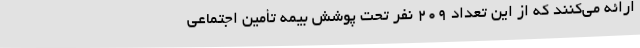
ارائه می‌کنند که از این تعداد 209 نفر تحت پوشش بیمه تأمین اجتماعی